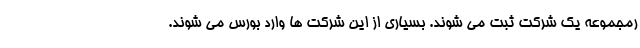
رمجموعه یک شرکت ثبت می شوند. بسیاری از این شرکت ها وارد بورس می شوند.